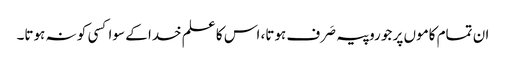
ان تمام کاموں پر جو روپیہ صَرف ہوتا، اس کا علم خدا کے سوا کسی کو نہ ہوتا۔